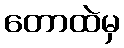
တောထဲမှ